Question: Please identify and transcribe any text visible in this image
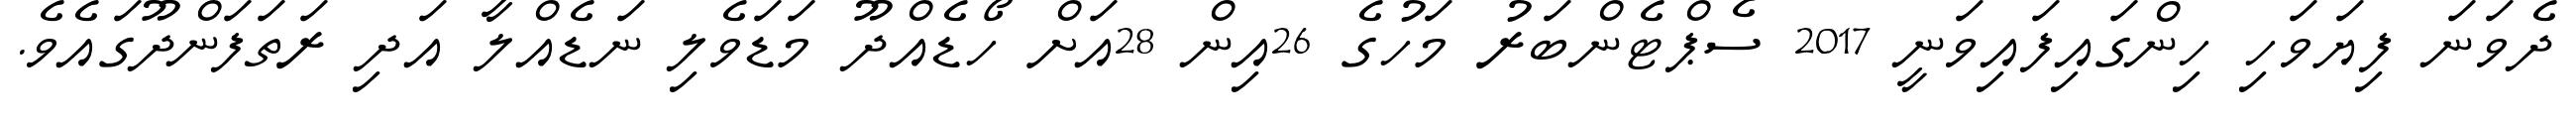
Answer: ދެވަނަ ފިޔަވަހި ހިންގައިފައިވަނީ 2017 ސެޕްޓެންބަރު މަހުގެ 26އިން 28އަށް ހޯޑެއްދޫ މަޑަވެލި ނަޑެއްލާ އަދި ރަތަފަންދޫގައެވެ.